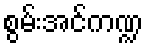
စွမ်းအင်ကဏ္ဍ